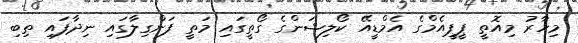
މިހާރު މިއޮތީ ޕީޕީއެމްގެ އެމްޑީއޭ ކޯލިޝަންގެ ގޯތީގައި މަތީ ފަންގިލާގައި ނިދާފައި ތިބި